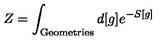
Z = \int _ { \mathrm { G e o m e t r i e s } } d [ g ] e ^ { - S [ g ] }